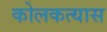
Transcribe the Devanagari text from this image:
कोलकत्यास